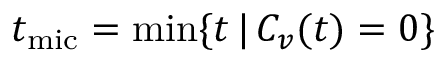
t _ { \mathrm { m i c } } = \operatorname* { m i n } \{ t \, | \, C _ { v } ( t ) = 0 \}